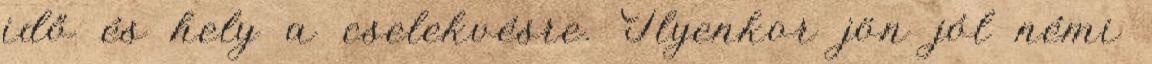
idő és hely a cselekvésre. Ilyenkor jön jól némi